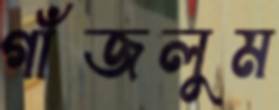
গাঁজলুম